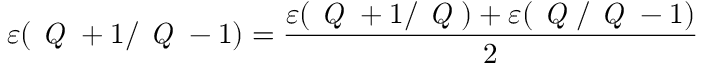
\varepsilon ( \textit { Q } + 1 / \textit { Q } - 1 ) = \frac { \varepsilon ( \textit { Q } + 1 / \textit { Q } ) + \varepsilon ( \textit { Q } / \textit { Q } - 1 ) } { 2 }